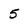
Character: 5